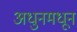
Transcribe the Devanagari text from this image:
अधुनमधून